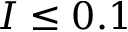
I \leq 0 . 1